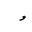
Letter: _waw